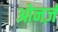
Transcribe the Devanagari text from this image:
ओनर्ज़